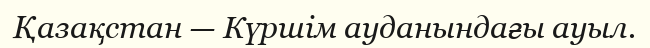
Қазақстан — Күршім ауданындағы ауыл.